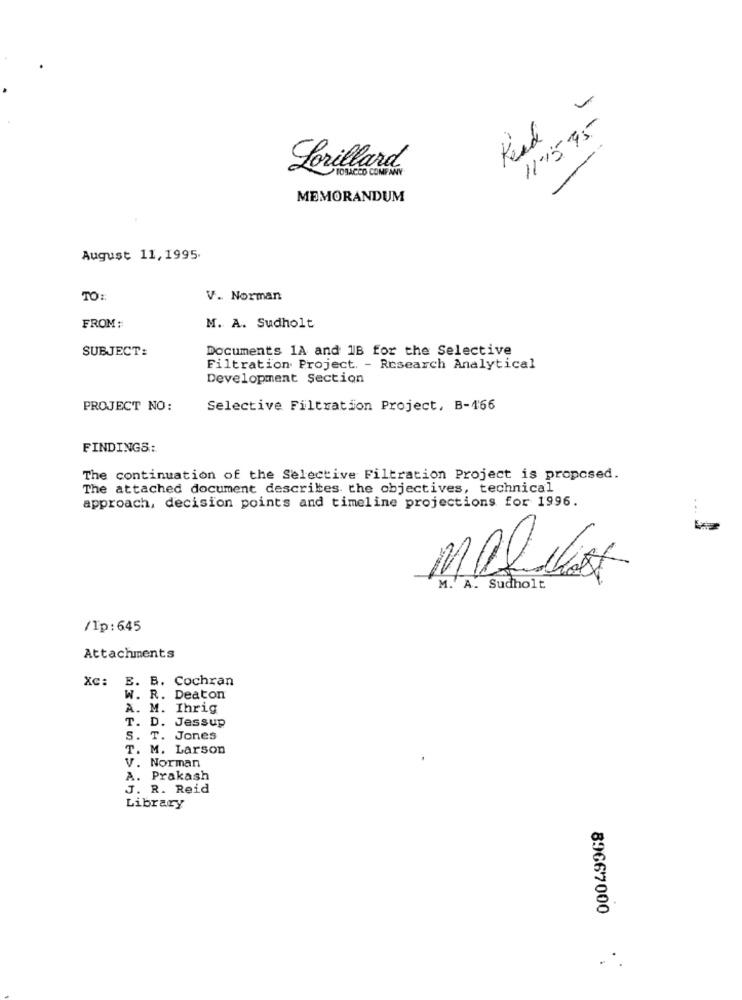
11-15 -95
Lorillard
TOBACCO COMPANY
MEMORANDUM
August 11, 1995.
TO ::
V. Norman
FROM:
M. A. Sudholt
SUBJECT:
Documents 1A and 1B for the Selective
Filtration Project. - Research Analytical
Development Section
PROJECT NO:
Selective Filtration Project, B-166
FINDINGS:
The continuation of the Selective Filtration Project is proposed.
The attached document describes the objectives, technical
approach, decision points and timeline projections for 1996.
M. A. Sudholt
/Ip:645
Attachments
Xc: E. B. Cochran
W. R. Deaton
A. M. Ihrig
T. D. Jessup
S. T. Jones
T. M. Larson
V. Norman
A. Prakash
J. R. Reid
Library
89667000
. .